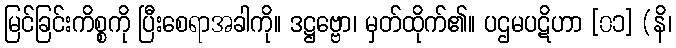
မြင်ခြင်းကိစ္စကို ပြီးစေရာအခါကို။ ဒဋ္ဌဗ္ဗော၊ မှတ်ထိုက်၏။ ပဌမပဋိဟာ [၀၁] (နိ၊